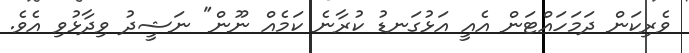
ވެރިކަން ދަމަހައްޓަން އެއީ އަޅުގަނޑު ކުރާނެ ކަމެއް ނޫން" ނަޝީދު ވިދާޅުވި އެވެ.